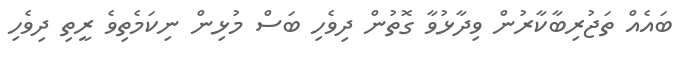
ބައެއް ތަޖުރިބާކާރުން ވިދާޅުވާ ގޮތުން ދިވެހި ބަސް މުޅިން ނިކަމެތިވެ ރީތި ދިވެހި